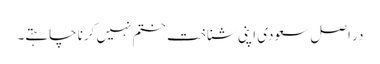
در اصل سعودی اپنی شناخت ختم نہیں کرنا چاہتے۔